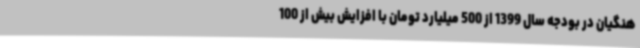
هنگیان در بودجه سال 1399 از 500 میلیارد تومان با افزایش بیش از 100